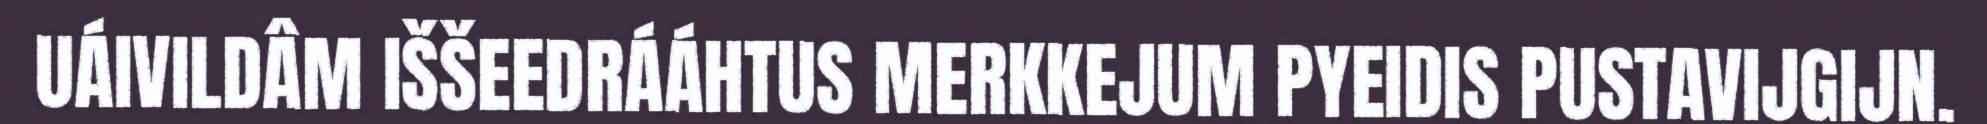
UÁIVILDÂM IŠŠEEDRÁÁHTUS MERKKEJUM PYEIDIS PUSTAVIJGIJN.